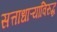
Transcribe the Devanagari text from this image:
सत्ताधाऱ्यांविरुद्ध